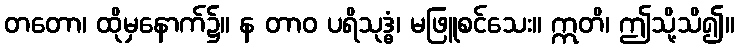
တတော၊ ထိုမှနောက်၌။ န တာဝ ပရိသုဒ္ဓံ၊ မဖြူစင်သေး။ ဣတိ၊ ဤသို့သိ၍။